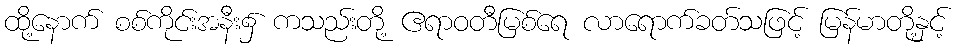
ထို့နောက် စစ်ကိုင်းအနီး၌ ကသည်းတို့ ဧရာဝတီမြစ်ရေ လာရောက်ခတ်သဖြင့် မြန်မာတို့နှင့်